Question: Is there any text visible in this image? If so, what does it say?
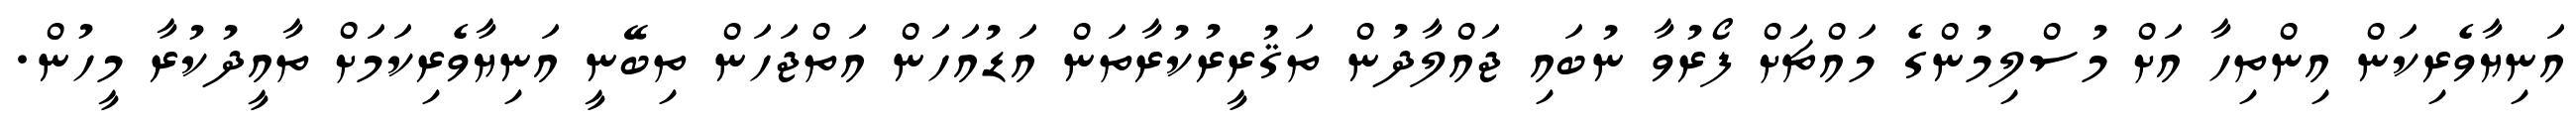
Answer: އަނިޔާވެރިކަން އިންތިހާ އަށް މުސްލިމުންގެ މައްޗަށް ފޯރުވާ ނުބައި ޖައްލާދުން ތަޤުރީރުކުރާތަން އަޑުއަހަން އަތްޖަހަން ތިބޭނީ އަނިޔާވެރިކަމަށް ތާއީދުކުރާ މީހުން.